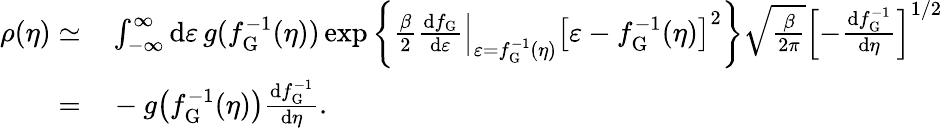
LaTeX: \begin{array}{rl}{\rho(\eta)\simeq}&{{}\int_{-\infty}^{\infty}\mathrm{d}\varepsilon\, g(f_{\mathrm{G}}^{-1}(\eta))\exp\left\lbrace\frac{\beta}{2}\left.\frac{\mathrm{d}f_{\mathrm{G}}}{\mathrm{d}\varepsilon}\right|_{\varepsilon=f_{\mathrm{G}}^{-1}(\eta)}\left[\varepsilon-f_{\mathrm{G}}^{-1}(\eta)\right]^{2}\right\rbrace\sqrt{\frac{\beta}{2\pi}}\left[-\frac{\mathrm{d}f_{\mathrm{G}}^{-1}}{\mathrm{d}\eta}\right]^{1/2}}\\ {=}&{{}-g\big(f_{\mathrm{G}}^{-1}(\eta)\big)\frac{\mathrm{d}f_{\mathrm{G}}^{-1}}{\mathrm{d}\eta}.}\end{array}